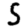
Digit: 5